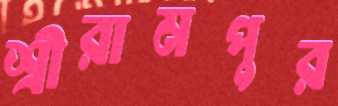
শ্রীরামপুর